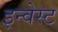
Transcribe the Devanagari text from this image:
इन्वेस्ट